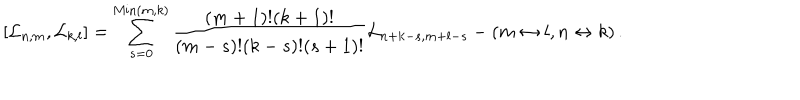
[ { \cal L } _ { n , m } , { \cal L } _ { k , l } ] = \sum _ { s = 0 } ^ { \mathrm { M i n } ( m , k ) } { \frac { ( m + 1 ) ! ( k + 1 ) ! } { ( m - s ) ! ( k - s ) ! ( s + 1 ) ! } } { \cal L } _ { n + k - s , m + l - s } - ( m \leftrightarrow l , n \leftrightarrow k ) \, .